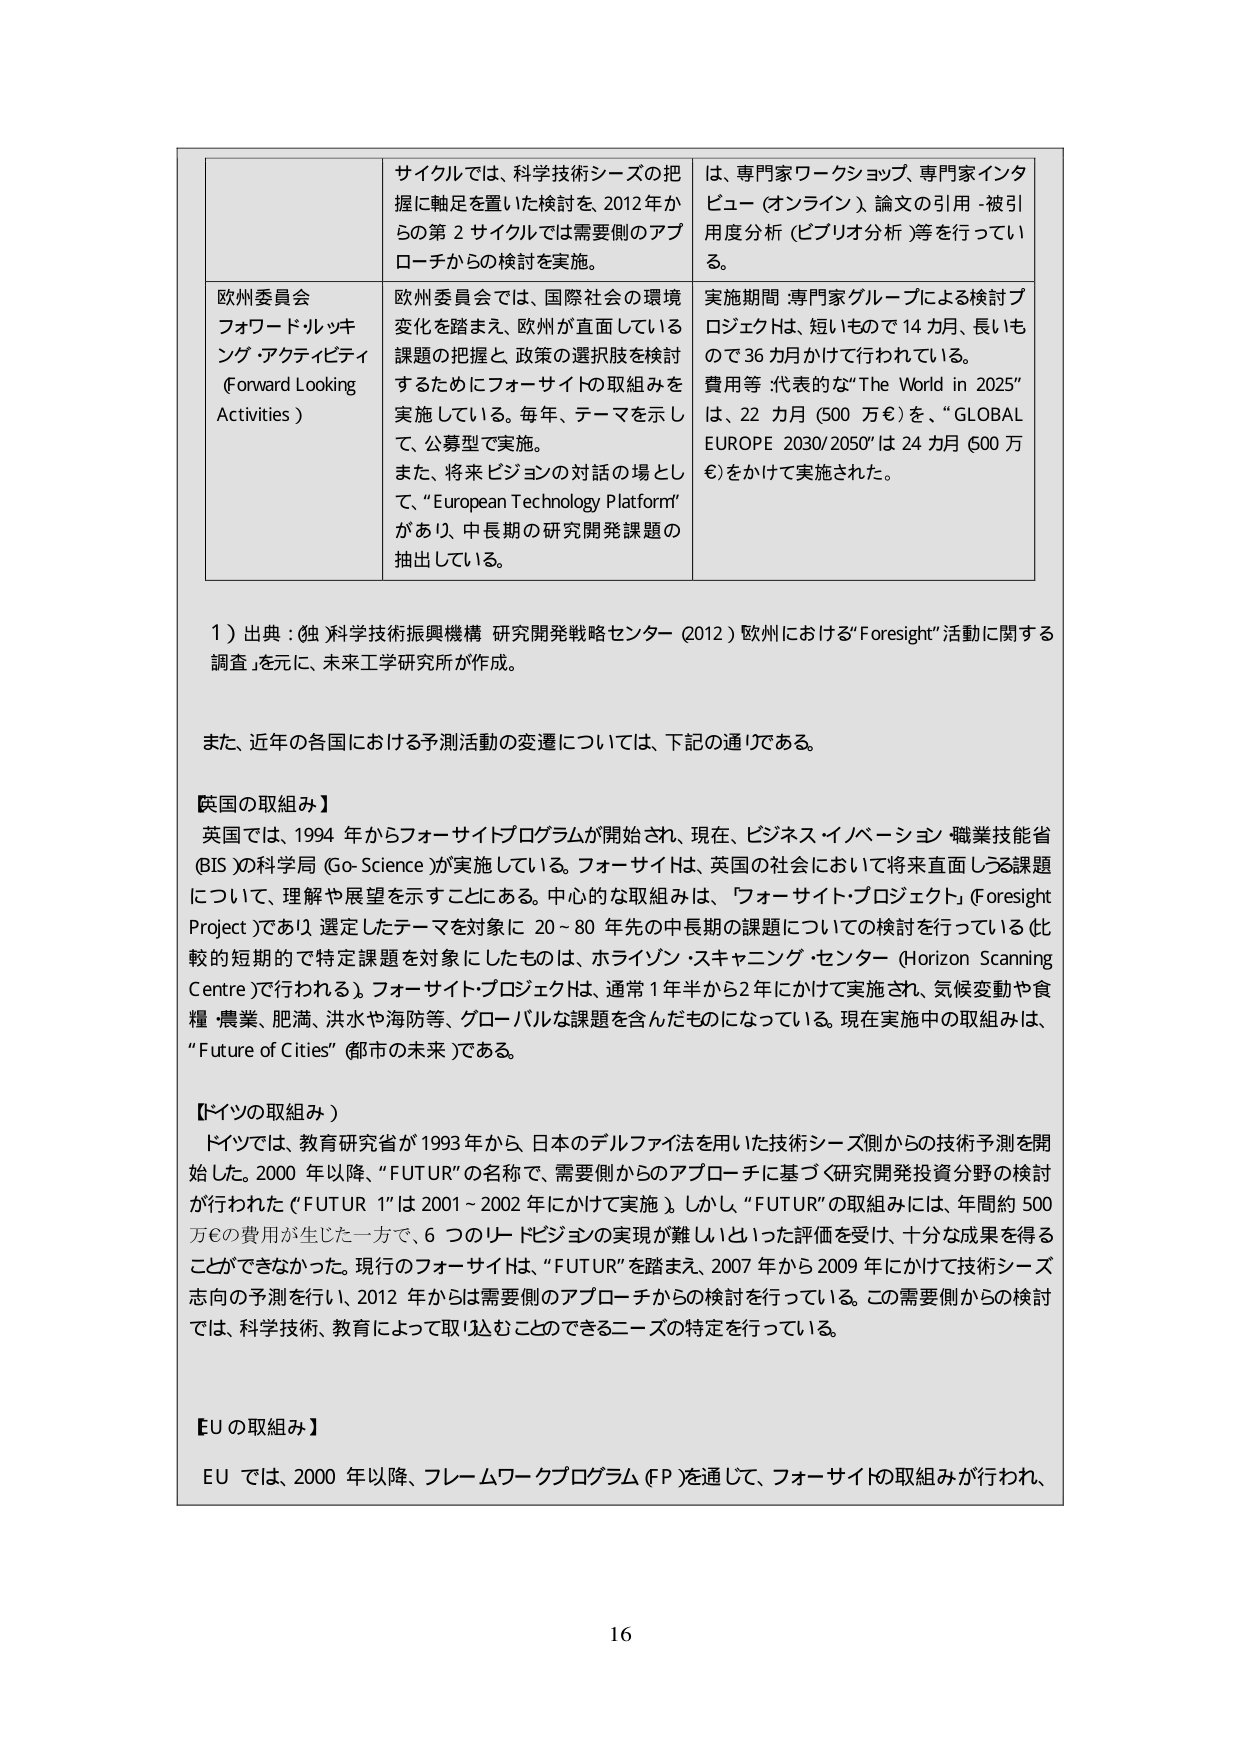
サイクルでは、科学技術シーズの把握に軸足を置いた検討を、2012年からの第2サイクルでは需要側のアプローチからの検討を実施。

は、専門家ワークショップ、専門家インタビュー（オンライン）、論文の引用-被引用度分析（ビブリオ分析）等を行っている。

欧州委員会
フォワードルッキング・アクティビティ
（Forward Looking Activities）

欧州委員会では、国際社会の環境変化を踏まえ、欧州が直面している課題の把握と、政策の選択肢を検討するためにフォーサイトの取組みを実施している。毎年、テーマを示して、公募型で実施。
また、将来ビジョンの対話の場として、“European Technology Platform”があり、中長期の研究開発課題の抽出している。

実施期間：専門家グループによる検討プロジェクトは、短いもので14カ月、長いもので36カ月かけて行われている。
費用等：代表的な“The World in 2025”は、22カ月（500万€）を、“GLOBAL EUROPE 2030/2050”は24カ月（600万€）をかけて実施された。

１）出典：独 科学技術振興機構 研究開発戦略センター（2012）欧州における“Foresight”活動に関する調査」を元に、未来工学研究所が作成。

また、近年の各国における予測活動の変遷については、下記の通りである。

【英国の取組み】
英国では、1994年からフォーサイトプログラムが開始され、現在、ビジネス・イノベーション・職業技能省（BIS）の科学局（Go-Science）が実施している。フォーサイトは、英国の社会において将来直面しうる課題について、理解や展望を示すことがある。中心的な取組みは、「フォーサイト・プロジェクト」（Foresight Project）であり、選定したテーマを対象に20～80年先の中長期の課題についての検討を行っている（比較的短期的で特定課題を対象にしたものは、ホライゾン・スキャニング・センター（Horizon Scanning Centre）で行われる）。フォーサイト・プロジェクトは、通常1年半から2年にかけて実施され、気候変動や食糧・農業、肥満、洪水や海防等、グローバルな課題を含んだものになっている。現在実施中の取組みは、“Future of Cities”（都市の未来）である。

【ドイツの取組み】
ドイツでは、教育研究省が1993年から、日本のデルファイ法を用いた技術シーズ側からの技術予測を開始した。2000年以降、“FUTUR”の名称で、需要側からのアプローチに基づく研究開発投資分野の検討が行われた（“FUTUR 1”は2001～2002年にかけて実施）。しかし、“FUTUR”の取組みには、年間約500万€の費用が生じた一方で、6つのリードビジョンの実現が難しいといった評価を受け、十分な成果を得ることができなかった。現行のフォーサイトは、“FUTUR”を踏まえ、2007年から2009年にかけて技術シーズ志向の予測を行い、2012年からは需要側のアプローチからの検討を行っている。この需要側からの検討では、科学技術、教育によって取り込むことのできるニーズの特定を行っている。

【EUの取組み】
EUでは、2000年以降、フレームワークプログラム（FP）を通じて、フォーサイトの取組みが行われ、